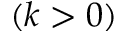
( k > 0 )